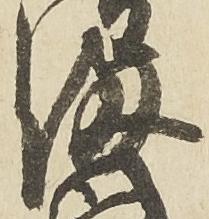
満